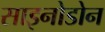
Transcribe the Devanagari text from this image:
साइनोडोन